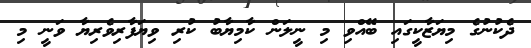
ދެކުނުގެ މިޔަޒާކީގައި ބޭއްވި މި ނީލަން ކާމިޔާބު ކުރި ވިޔަފާރިވެރިޔާ ވަނީ މި